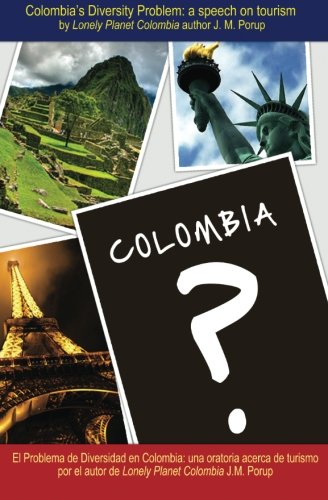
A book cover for Colombia's Diversity Problem: a speech on tourism; J. M. Porup; Travel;